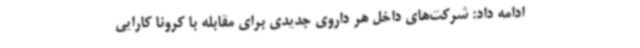
ادامه داد: شرکت‌های داخل هر داروی جدیدی برای مقابله با کرونا کارایی